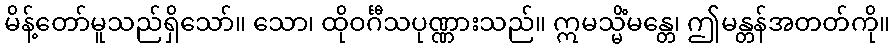
မိန့်တော်မူသည်ရှိသော်။ သော၊ ထိုဝင်္ဂီသပုဏ္ဏားသည်။ ဣမသ္မိံမန္တေ၊ ဤမန္တန်အတတ်ကို။